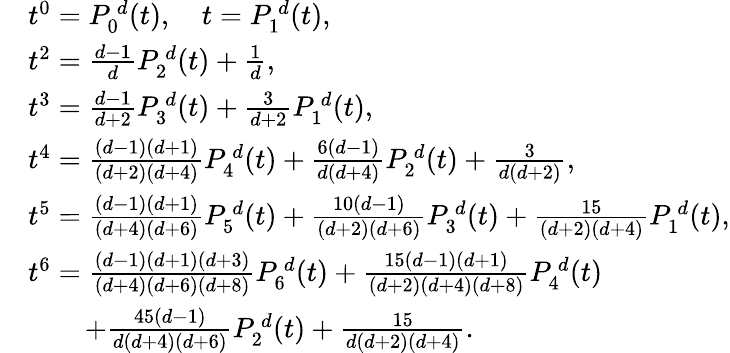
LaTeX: \begin{array}{rl}&{t^{0}=P_{0}^{\, d}(t),\quad t=P_{1}^{\, d}(t),}\\ &{t^{2}=\frac{d-1}{d}P_{2}^{\, d}(t)+\frac{1}{d},}\\ &{t^{3}=\frac{d-1}{d+2}P_{3}^{\, d}(t)+\frac{3}{d+2}P_{1}^{\, d}(t),}\\ &{t^{4}=\frac{(d-1)(d+1)}{(d+2)(d+4)}P_{4}^{\, d}(t)+\frac{6(d-1)}{d(d+4)}P_{2}^{\, d}(t)+\frac{3}{d(d+2)},}\\ &{t^{5}=\frac{(d-1)(d+1)}{(d+4)(d+6)}P_{5}^{\, d}(t)+\frac{10(d-1)}{(d+2)(d+6)}P_{3}^{\, d}(t)+\frac{15}{(d+2)(d+4)}P_{1}^{\, d}(t),}\\ &{t^{6}=\frac{(d-1)(d+1)(d+3)}{(d+4)(d+6)(d+8)}P_{6}^{\, d}(t)+\frac{15(d-1)(d+1)}{(d+2)(d+4)(d+8)}P_{4}^{\, d}(t)}\\ &{\qquad+\frac{45(d-1)}{d(d+4)(d+6)}P_{2}^{\, d}(t)+\frac{15}{d(d+2)(d+4)}.}\end{array}